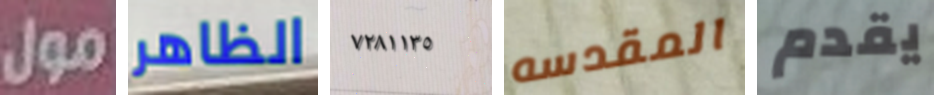
مول الظاهر ٧٢٨١١٣٥ المقدسه يقدم